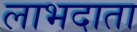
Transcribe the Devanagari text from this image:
लाभदाता